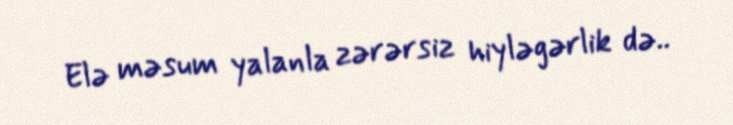
Elə məsum yalanla zərərsiz hiyləgərlik də..